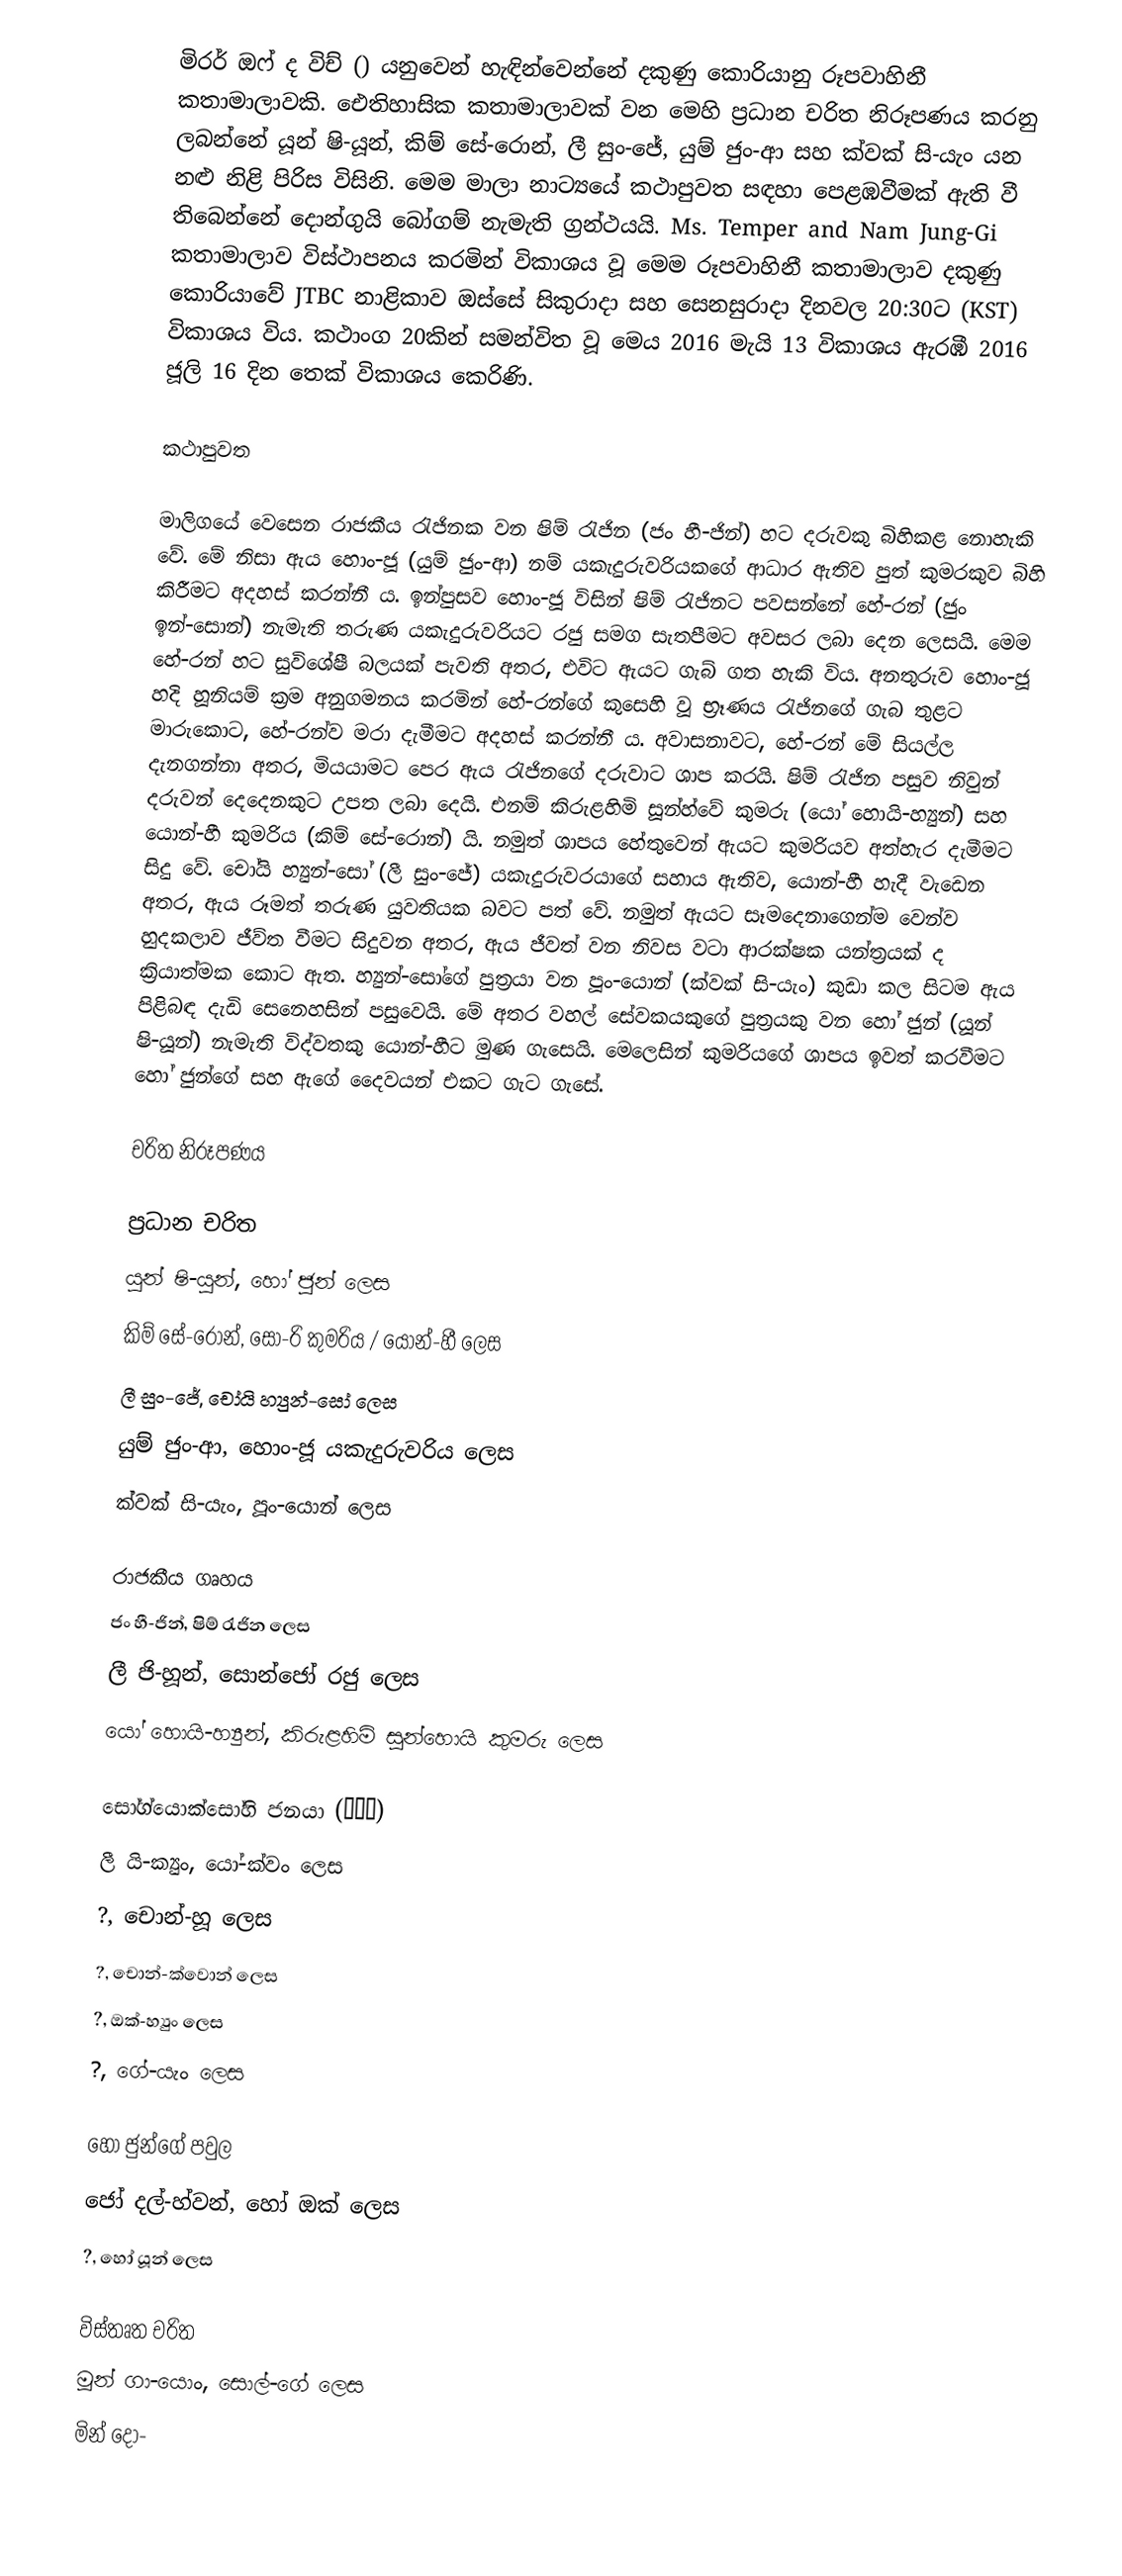
මිරර් ඔෆ් ද විච් () යනුවෙන් හැඳින්වෙන්නේ දකුණු කොරියානු රූපවාහිනී කතාමාලාවකි. ඓතිහාසික කතාමාලාවක් වන මෙහි ප්‍රධාන චරිත නිරූපණය කරනු ලබන්නේ යූන් ෂි-යූන්, කිම් සේ-රොන්, ලී සුං-ජේ, යුම් ජුං-ආ සහ ක්වක් සි-යැං යන නළු නිළි පිරිස විසිනි. මෙම මාලා නාට්‍යයේ කථාපුවත සඳහා පෙළඹවීමක් ඇති වී තිබෙන්නේ දොන්ගුයි බෝගම් නැමැති ග්‍රන්ථයයි. Ms. Temper and Nam Jung-Gi කතාමාලාව විස්ථාපනය කරමින් විකාශය වූ මෙම රූපවාහිනී කතාමාලාව දකුණු කොරියාවේ JTBC නාළිකාව ඔස්සේ සිකුරාදා සහ සෙනසුරාදා දිනවල 20:30ට (KST) විකාශය විය. කථාංග 20කින් සමන්විත වූ මෙය 2016 මැයි 13 විකාශය ඇරඹී 2016 ජූලි 16 දින තෙක් විකාශය කෙරිණි.

කථාපුවත

මාලිගයේ වෙසෙන රාජකීය රැජිනක වන ෂිම් රැජින (ජං හී-ජින්) හට දරුවකු බිහිකළ නොහැකි වේ. මේ නිසා ඇය හොං-ජූ (යුම් ජුං-ආ) නම් යකැදුරුවරියකගේ ආධාර ඇතිව පුත් කුමරකුව බිහි කිරීමට අදහස් කරන්නී ය. ඉන්පුසව හොං-ජූ විසින් ෂිම් රැජිනට පවසන්නේ හේ-රන් (ජුං ඉන්-සොන්) නැමැති තරුණ යකැදුරුවරියට රජු සමග සැතපීමට අවසර ‍ලබා දෙන ලෙසයි. මෙම හේ-රන් හට සුවිශේෂී බලයක් පැවති අතර, එවිට ඇයට ගැබ් ගත හැකි විය. අනතුරුව හොං-ජූ හදි හූනියම් ක්‍රම අනුගමනය කරමින් හේ-රන්ගේ කුසෙහි වූ භ්‍රෑණය රැජිනගේ ගැබ තුළට මාරුකොට, හේ-රන්ව මරා දැමීමට අදහස් කරන්නී ය. අවාසනාවට, හේ-රන් මේ සියල්ල දැනගන්නා අතර, මියයාමට පෙර ඇය රැජිනගේ දරුවාට ශාප කරයි. ෂිම් රැජින පසුව නිවුන් දරුවන් දෙදෙනකුට උපත ලබා දෙයි. එනම් කිරුළහිමි සූන්හ්වේ කුමරු (යෝ හොයි-හ්‍යුන්) සහ යොන්-හී කුමරිය (කිම් සේ-රොන්) යි. නමුත් ශාපය හේතුවෙන් ඇයට කුමරියව අත්හැර දැමීමට සිදු වේ. චෝයි හ්‍යුන්-සෝ (ලී සුං-ජේ) යකැදුරුවරයාගේ සහාය ඇතිව, යොන්-හී හැදී වැඩෙන අතර, ඇය රූමත් තරුණ යුවතියක බවට පත් වේ. නමුත් ඇයට සෑමදෙනාගෙන්ම වෙන්ව හුදකලාව ජීව්ත වීමට සිදුවන අතර, ඇය ජීවත් වන නිවස වටා ආරක්ෂක යන්ත්‍රයක් ද ක්‍රියාත්මක කොට ඇත. හ්‍යුන්-සෝගේ පුත්‍රයා වන පූං-යොන් (ක්වක් සි-යැං) කුඩා කල සිටම ඇය පිළිබඳ දැඩි සෙනෙහසින් පසුවෙයි. මේ අතර වහල් සේවකයකුගේ පුත්‍රයකු වන හෝ ජුන් (යූන් ෂි-යූන්) නැමැති විද්වතකු යොන්-හීට මුණ ගැසෙයි. මෙලෙසින් කුමරියගේ ශාපය ඉවත් කරවීමට හෝ ජුන්ගේ සහ ඇගේ දෛවයන් එකට ගැට ගැසේ.

චරිත නිරූපණය

ප්‍රධාන චරිත
යූන් ෂි-යූන්, හෝ ජුන් ලෙස
කිම් සේ-රොන්, සෝ-රි කුමරිය / යොන්-හී ලෙස
ලී සුං-ජේ, චෝයි හ්‍යුන්-සෝ ලෙස
යුම් ජුං-ආ, හොං-ජූ යකැදුරුවරිය ලෙස
ක්වක් සි-යැං, පූං-යොන් ලෙස

රාජකීය ගෘහය
ජං හී-ජින්, ෂිම් රැජින ලෙස
ලී ජි-හූන්, සොන්ජෝ රජු ලෙස
යෝ හොයි-හ්‍යුන්, කිරුළහිමි සුන්හොයි කුමරු ලෙස

සෝග්යොක්සෝහි ජනයා (소격서)
ලී යි-ක්‍යුං, යෝ-ක්වං ලෙස
?, චොන්-හූ ලෙස
?, චොන්-ක්වොන් ලෙස
?, ඔක්-හ්‍යුං ලෙස
?, ගේ-යැං ලෙස

හෝ ජුන්ගේ පවුල
ජෝ දල්-හ්වන්, හෝ ඔක් ලෙස
?, හෝ යූන් ලෙස

විස්තෘත චරිත
මූන් ගා-යොං, සොල්-ගේ ලෙස
මින් දෝ-